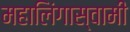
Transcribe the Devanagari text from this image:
महालिंगास्वामी